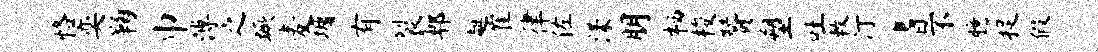
恪奕鞠巾溥之蹶麦墉有裂郫趄崔律佐漾朋栖梭赞塑吐敕汀耆不臆捉假